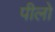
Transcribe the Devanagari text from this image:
पीलो